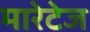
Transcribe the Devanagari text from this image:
मारेटेज